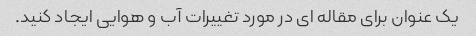
یک عنوان برای مقاله ای در مورد تغییرات آب و هوایی ایجاد کنید.